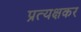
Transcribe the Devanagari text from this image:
प्रत्यक्षकर